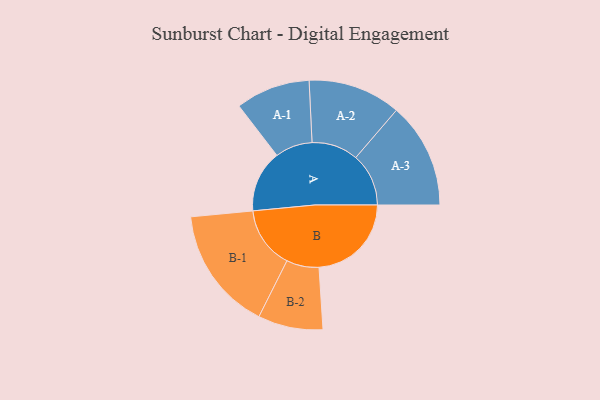
{"axis": {"x": "Segment", "y": "Value"}, "legend": ["", "A", "B"], "data": [{"x": "A", "y": 271, "type": ""}, {"x": "B", "y": 404, "type": ""}, {"x": "A-1", "y": 163, "type": "A"}, {"x": "A-2", "y": 203, "type": "A"}, {"x": "A-3", "y": 231, "type": "A"}, {"x": "B-1", "y": 271, "type": "B"}, {"x": "B-2", "y": 142, "type": "B"}]}